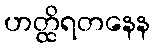
ဟတ္ထိရတနေန